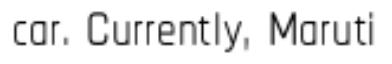
car. Currently, Maruti